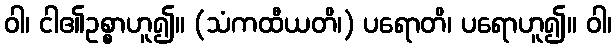
ဝါ၊ ငါ၏ဥစ္စာဟူ၍။ (သံကထီယတိ၊) ပရောတိ၊ ပရောဟူ၍။ ဝါ၊